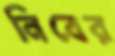
নিবের